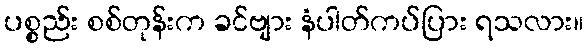
ပစ္စည်း စစ်တုန်းက ခင်ဗျား နံပါတ်ကပ်ပြား ရသလား။